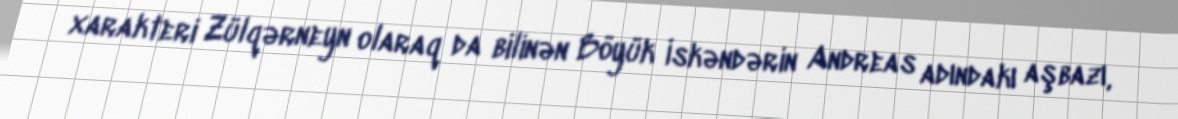
xarakteri Zülqərneyn olaraq da bilinən Böyük İskəndərin Andreas adındakı aşbazı,